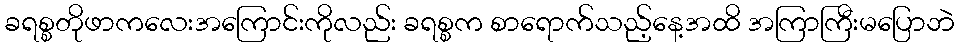
ခရစ္စတိုဖာကလေးအကြောင်းကိုလည်း ခရစ္စက စာရောက်သည့်နေ့အထိ အကြာကြီးမပြောဘဲ